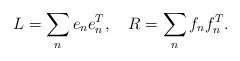
\begin{align*}L=\sum_{n}e_{n}e_{n}^T,\quad R=\sum_{n}f_{n}f_{n}^T.\end{align*}